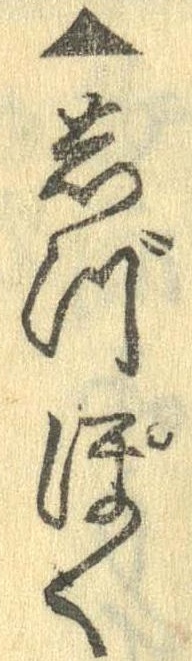
▲しづぽく